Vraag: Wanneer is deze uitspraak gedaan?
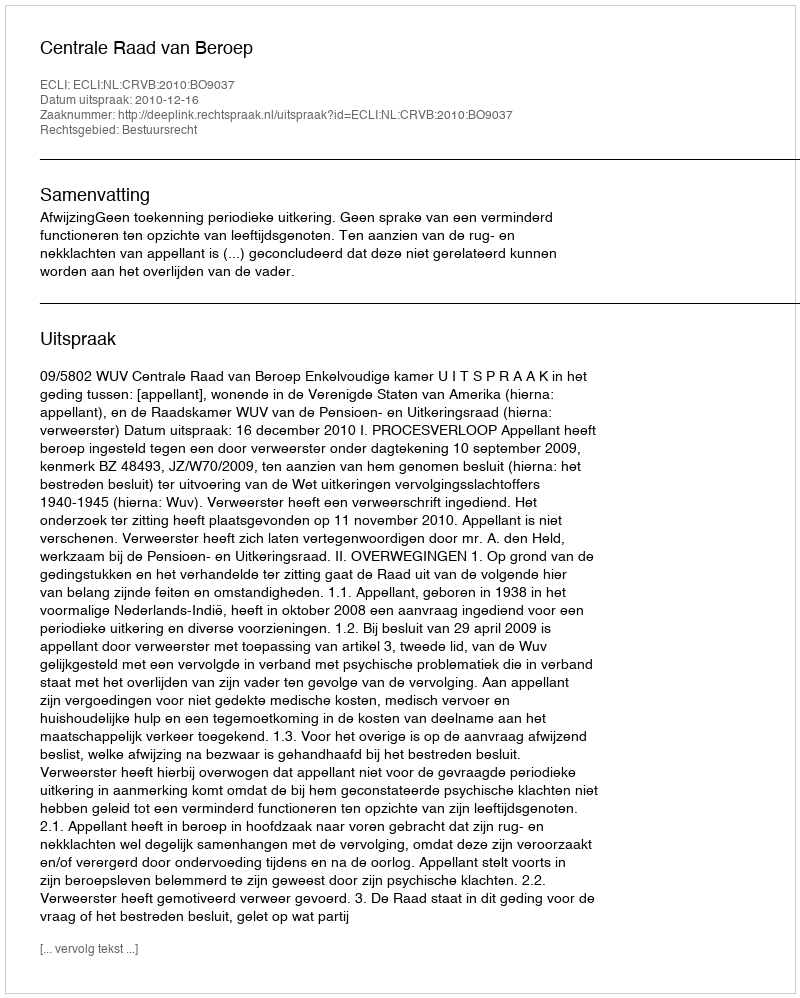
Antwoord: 2010-12-16